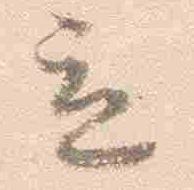
立